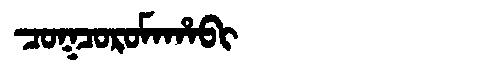
Manchu: ᠴᠣᡴᠴᠣᡵᠣᠮᠠᡥᠠᠪᡳ
Romanization: COKCOROMAHABI